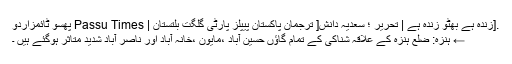
.[زندہ ہے بھٹو زندہ ہے | تحریر ؛ سعدیہ دانش[ ترجمان پاکستان پیپلز پارٹی گلگت بلتستان | Passu Times پھسو ٹائمزاُردُو
← ہنزہ: ضلع ہنزہ کے علاقہ شناکی کے تمام گاؤں حسین آباد ،مایون ،خانہ آباد اور ناصر آباد شدید متاثر ہوگئے ہیں ۔